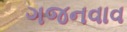
ગજનવાવ